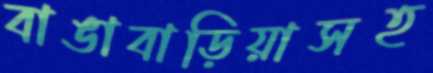
বাঙাবাড়িয়াসহ